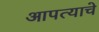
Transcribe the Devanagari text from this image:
आपत्याचे